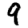
Digit: 9